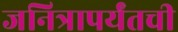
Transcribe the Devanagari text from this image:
जनित्रापर्यंतची